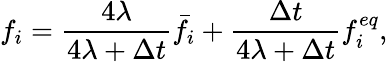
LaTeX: f_{i}=\frac{4\lambda}{4\lambda+\Delta t}\bar{f}_{i}+\frac{\Delta t}{4\lambda+\Delta t}f_{i}^{eq},